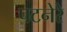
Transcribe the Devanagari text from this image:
पटनेरे